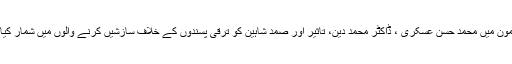
اس مضمون میں محمد حسن عسکری ، ڈاکٹر محمد دین، تاثیر اور صمد شاہین کو ترقی پسندوں کے خلاف سازشیں کرنے والوں میں شمار کیا گیا ہے۔